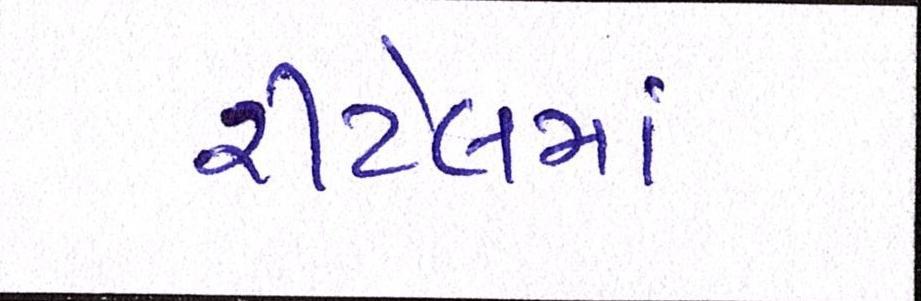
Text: રીટેલમાં